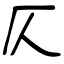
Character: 仄